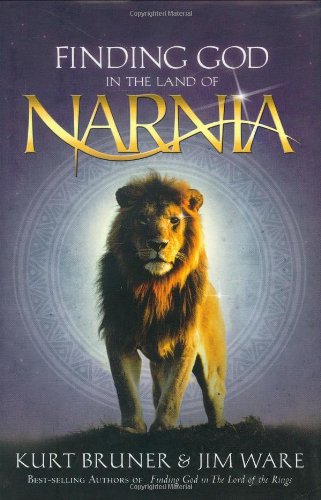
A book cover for Finding God in the Land of Narnia (Saltriver); Kurt Bruner; Science Fiction & Fantasy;